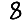
Digit: 8